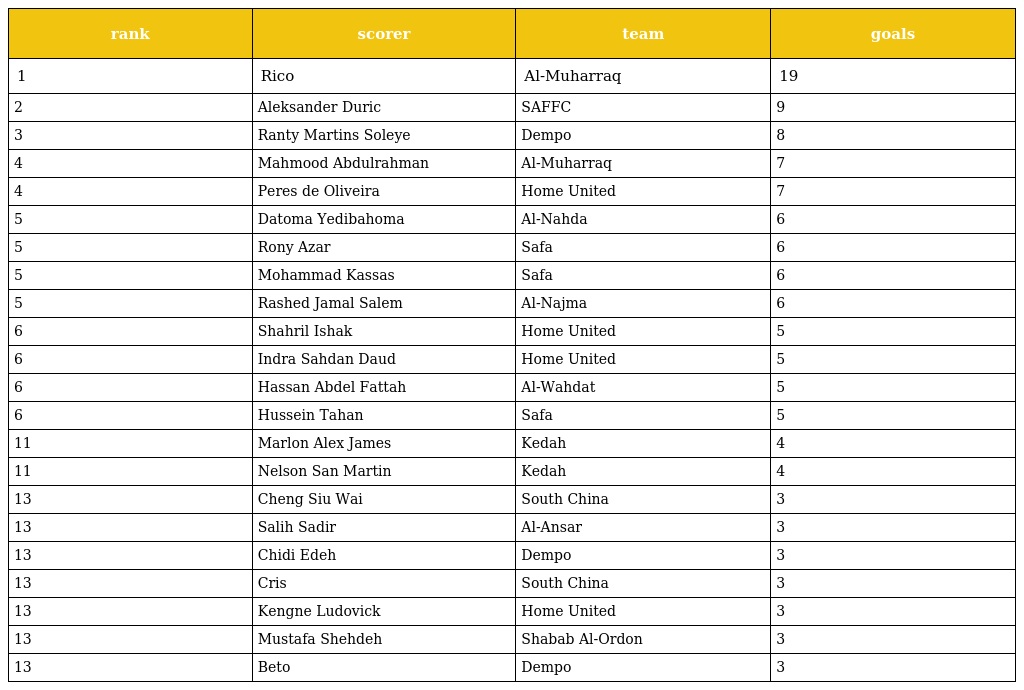
| rank | scorer | team | goals |
 | --- | --- | --- | --- |
 | 1 | Rico | Al-Muharraq | 19 |
 | 2 | Aleksander Duric | SAFFC | 9 |
 | 3 | Ranty Martins Soleye | Dempo | 8 |
 | 4 | Mahmood Abdulrahman | Al-Muharraq | 7 |
 | 4 | Peres de Oliveira | Home United | 7 |
 | 5 | Datoma Yedibahoma | Al-Nahda | 6 |
 | 5 | Rony Azar | Safa | 6 |
 | 5 | Mohammad Kassas | Safa | 6 |
 | 5 | Rashed Jamal Salem | Al-Najma | 6 |
 | 6 | Shahril Ishak | Home United | 5 |
 | 6 | Indra Sahdan Daud | Home United | 5 |
 | 6 | Hassan Abdel Fattah | Al-Wahdat | 5 |
 | 6 | Hussein Tahan | Safa | 5 |
 | 11 | Marlon Alex James | Kedah | 4 |
 | 11 | Nelson San Martin | Kedah | 4 |
 | 13 | Cheng Siu Wai | South China | 3 |
 | 13 | Salih Sadir | Al-Ansar | 3 |
 | 13 | Chidi Edeh | Dempo | 3 |
 | 13 | Cris | South China | 3 |
 | 13 | Kengne Ludovick | Home United | 3 |
 | 13 | Mustafa Shehdeh | Shabab Al-Ordon | 3 |
 | 13 | Beto | Dempo | 3 |